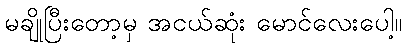
မချိုပြီးတော့မှ အငယ်ဆုံး မောင်လေးပေါ့။